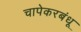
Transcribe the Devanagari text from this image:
चापेकरबंधू